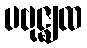
ပဗုဇ္ဈထ